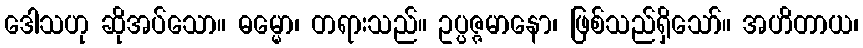
ဒေါသဟု ဆိုအပ်သော။ ဓမ္မော၊ တရားသည်။ ဥပ္ပဇ္ဇမာနော၊ ဖြစ်သည်ရှိသော်။ အဟိတာယ၊